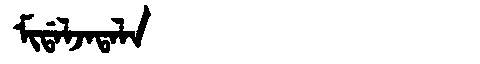
Manchu: ᠮᡳᡩᠠᠯᠵᠠᡨᠠᠯᠠ
Romanization: MIDALJATALA